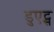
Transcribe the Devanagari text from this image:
डुएट्स